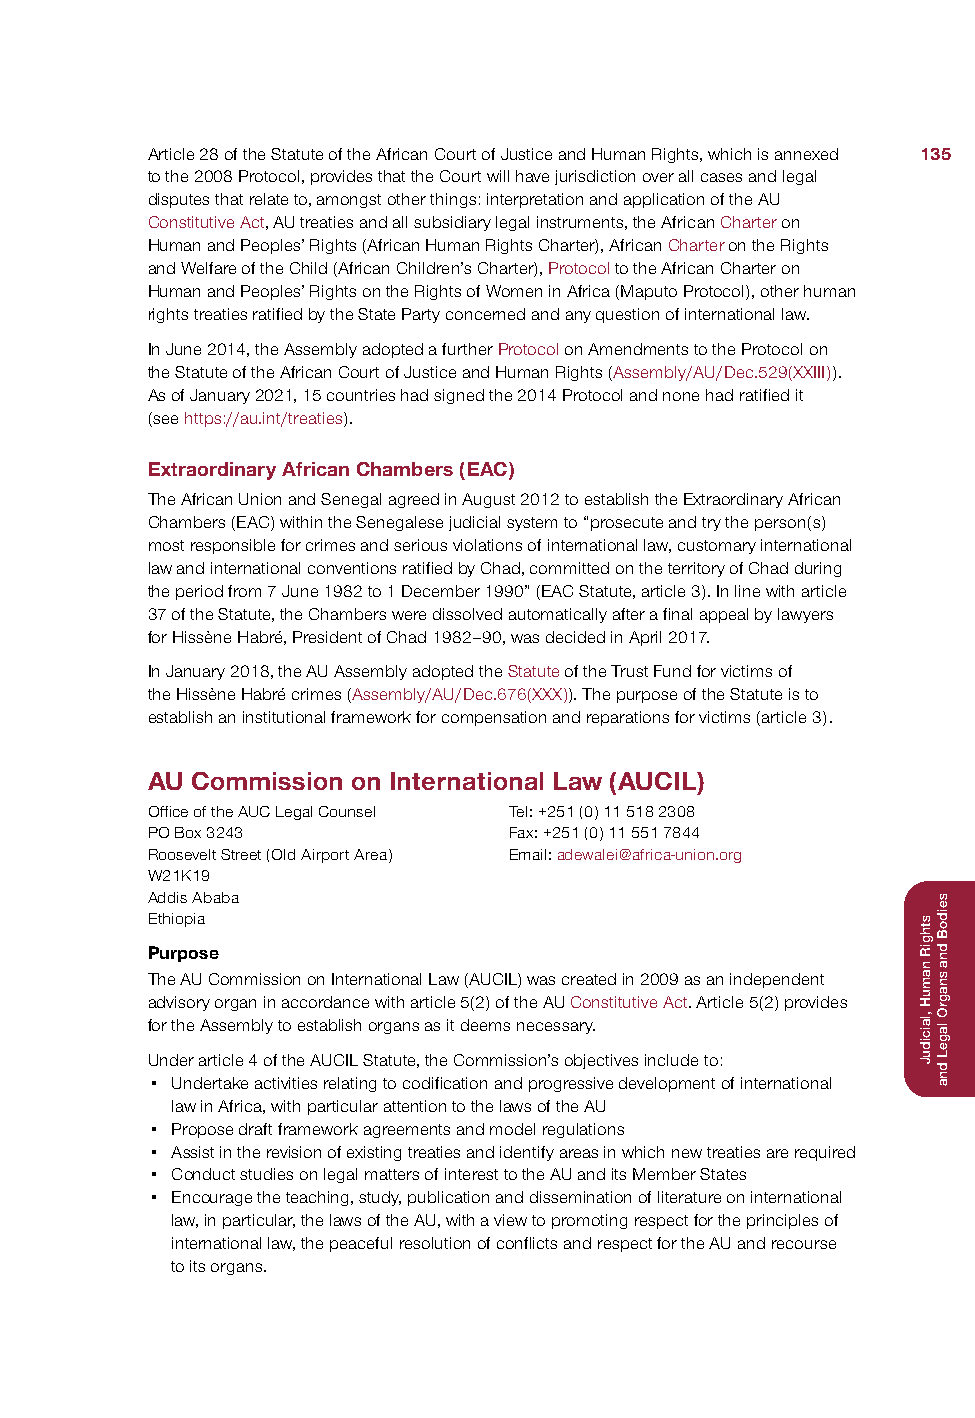
Article 28 of the Statute of the African Court of Justice and Human Rights, which is annexed 135
 to the 2008 Protocol, provides that the Court will have jurisdiction over all cases and legal
 disputes that relate to, amongst other things: interpretation and application of the AU
 Constitutive Act, AU treaties and all subsidiary legal instruments, the African Charter on
 Human and Peoples’ Rights (African Human Rights Charter), African Charter on the Rights
 and Welfare of the Child (African Children’s Charter), Protocol to the African Charter on
 Human and Peoples’ Rights on the Rights of Women in Africa (Maputo Protocol), other human
 rights treaties ratified by the State Party concerned and any question of international law.
 In June 2014, the Assembly adopted a further Protocol on Amendments to the Protocol on
 the Statute of the African Court of Justice and Human Rights (Assembly/AU/Dec.529(XXIII)).
 As of January 2021, 15 countries had signed the 2014 Protocol and none had ratified it
 (see https://au.int/treaties).
 Extraordinary African Chambers (EAC)
 The African Union and Senegal agreed in August 2012 to establish the Extraordinary African
 Chambers (EAC) within the Senegalese judicial system to “prosecute and try the person(s)
 most responsible for crimes and serious violations of international law, customary international
 law and international conventions ratified by Chad, committed on the territory of Chad during
 the period from 7 June 1982 to 1 December 1990” (EAC Statute, article 3). In line with article
 37 of the Statute, the Chambers were dissolved automatically after a final appeal by lawyers
 for Hissène Habré, President of Chad 1982–90, was decided in April 2017.
 In January 2018, the AU Assembly adopted the Statute of the Trust Fund for victims of
 the Hissène Habré crimes (Assembly/AU/Dec.676(XXX)). The purpose of the Statute is to
 establish an institutional framework for compensation and reparations for victims (article 3).
 AU Commission on International Law (AUCIL)
 Office of the AUC Legal Counsel Tel: +251 (0) 11 518 2308
 PO Box 3243             Fax: +251 (0) 11 551 7844
 Roosevelt Street (Old Airport Area) Email: adewalei@africa-union.org
 W21K19
 Addis Ababa
 Ethiopia
 Purpose
 The AU Commission on International Law (AUCIL) was created in 2009 as an independent
 advisory organ in accordance with article 5(2) of the AU Constitutive Act. Article 5(2) provides
 for the Assembly to establish organs as it deems necessary.
 Under article 4 of the AUCIL Statute, the Commission’s objectives include to:
 • Undertake activities relating to codification and progressive development of international
 law in Africa, with particular attention to the laws of the AU
 • Propose draft framework agreements and model regulations
 • Assist in the revision of existing treaties and identify areas in which new treaties are required
 • Conduct studies on legal matters of interest to the AU and its Member States
 • Encourage the teaching, study, publication and dissemination of literature on international
 law, in particular, the laws of the AU, with a view to promoting respect for the principles of
 international law, the peaceful resolution of conflicts and respect for the AU and recourse
 to its organs.
 sthgiR
 namuH
 ,laiciduJ
 seidoB
 dna
 snagrO
 lageL
 dna